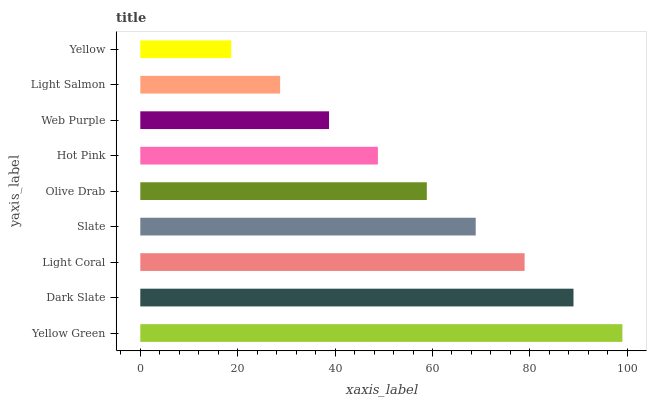
| yaxis_label | bars |
 | --- | --- |
 | Yellow Green | 99 |
 | Dark Slate | 89 |
 | Light Coral | 78.9 |
 | Slate | 68.9 |
 | Olive Drab | 58.8 |
 | Hot Pink | 48.8 |
 | Web Purple | 38.8 |
 | Light Salmon | 28.7 |
 | Yellow | 18.7 |